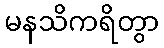
မနသိကရိတွာ